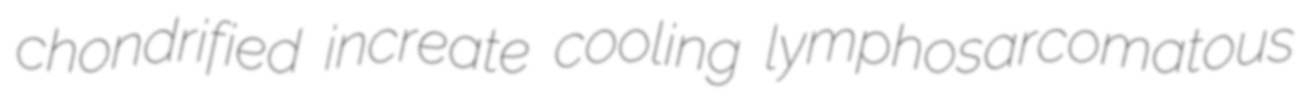
chondrified increate cooling lymphosarcomatous